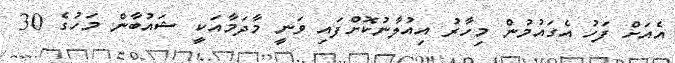
އެއަށް ފަހު އެގައުމުން މިހާރު އިއުލާނުކޮށްފައި ވަނީ މާދަމާއަކީ ޝައުބާން މަހުގެ 30